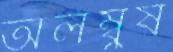
অলম্বুষ